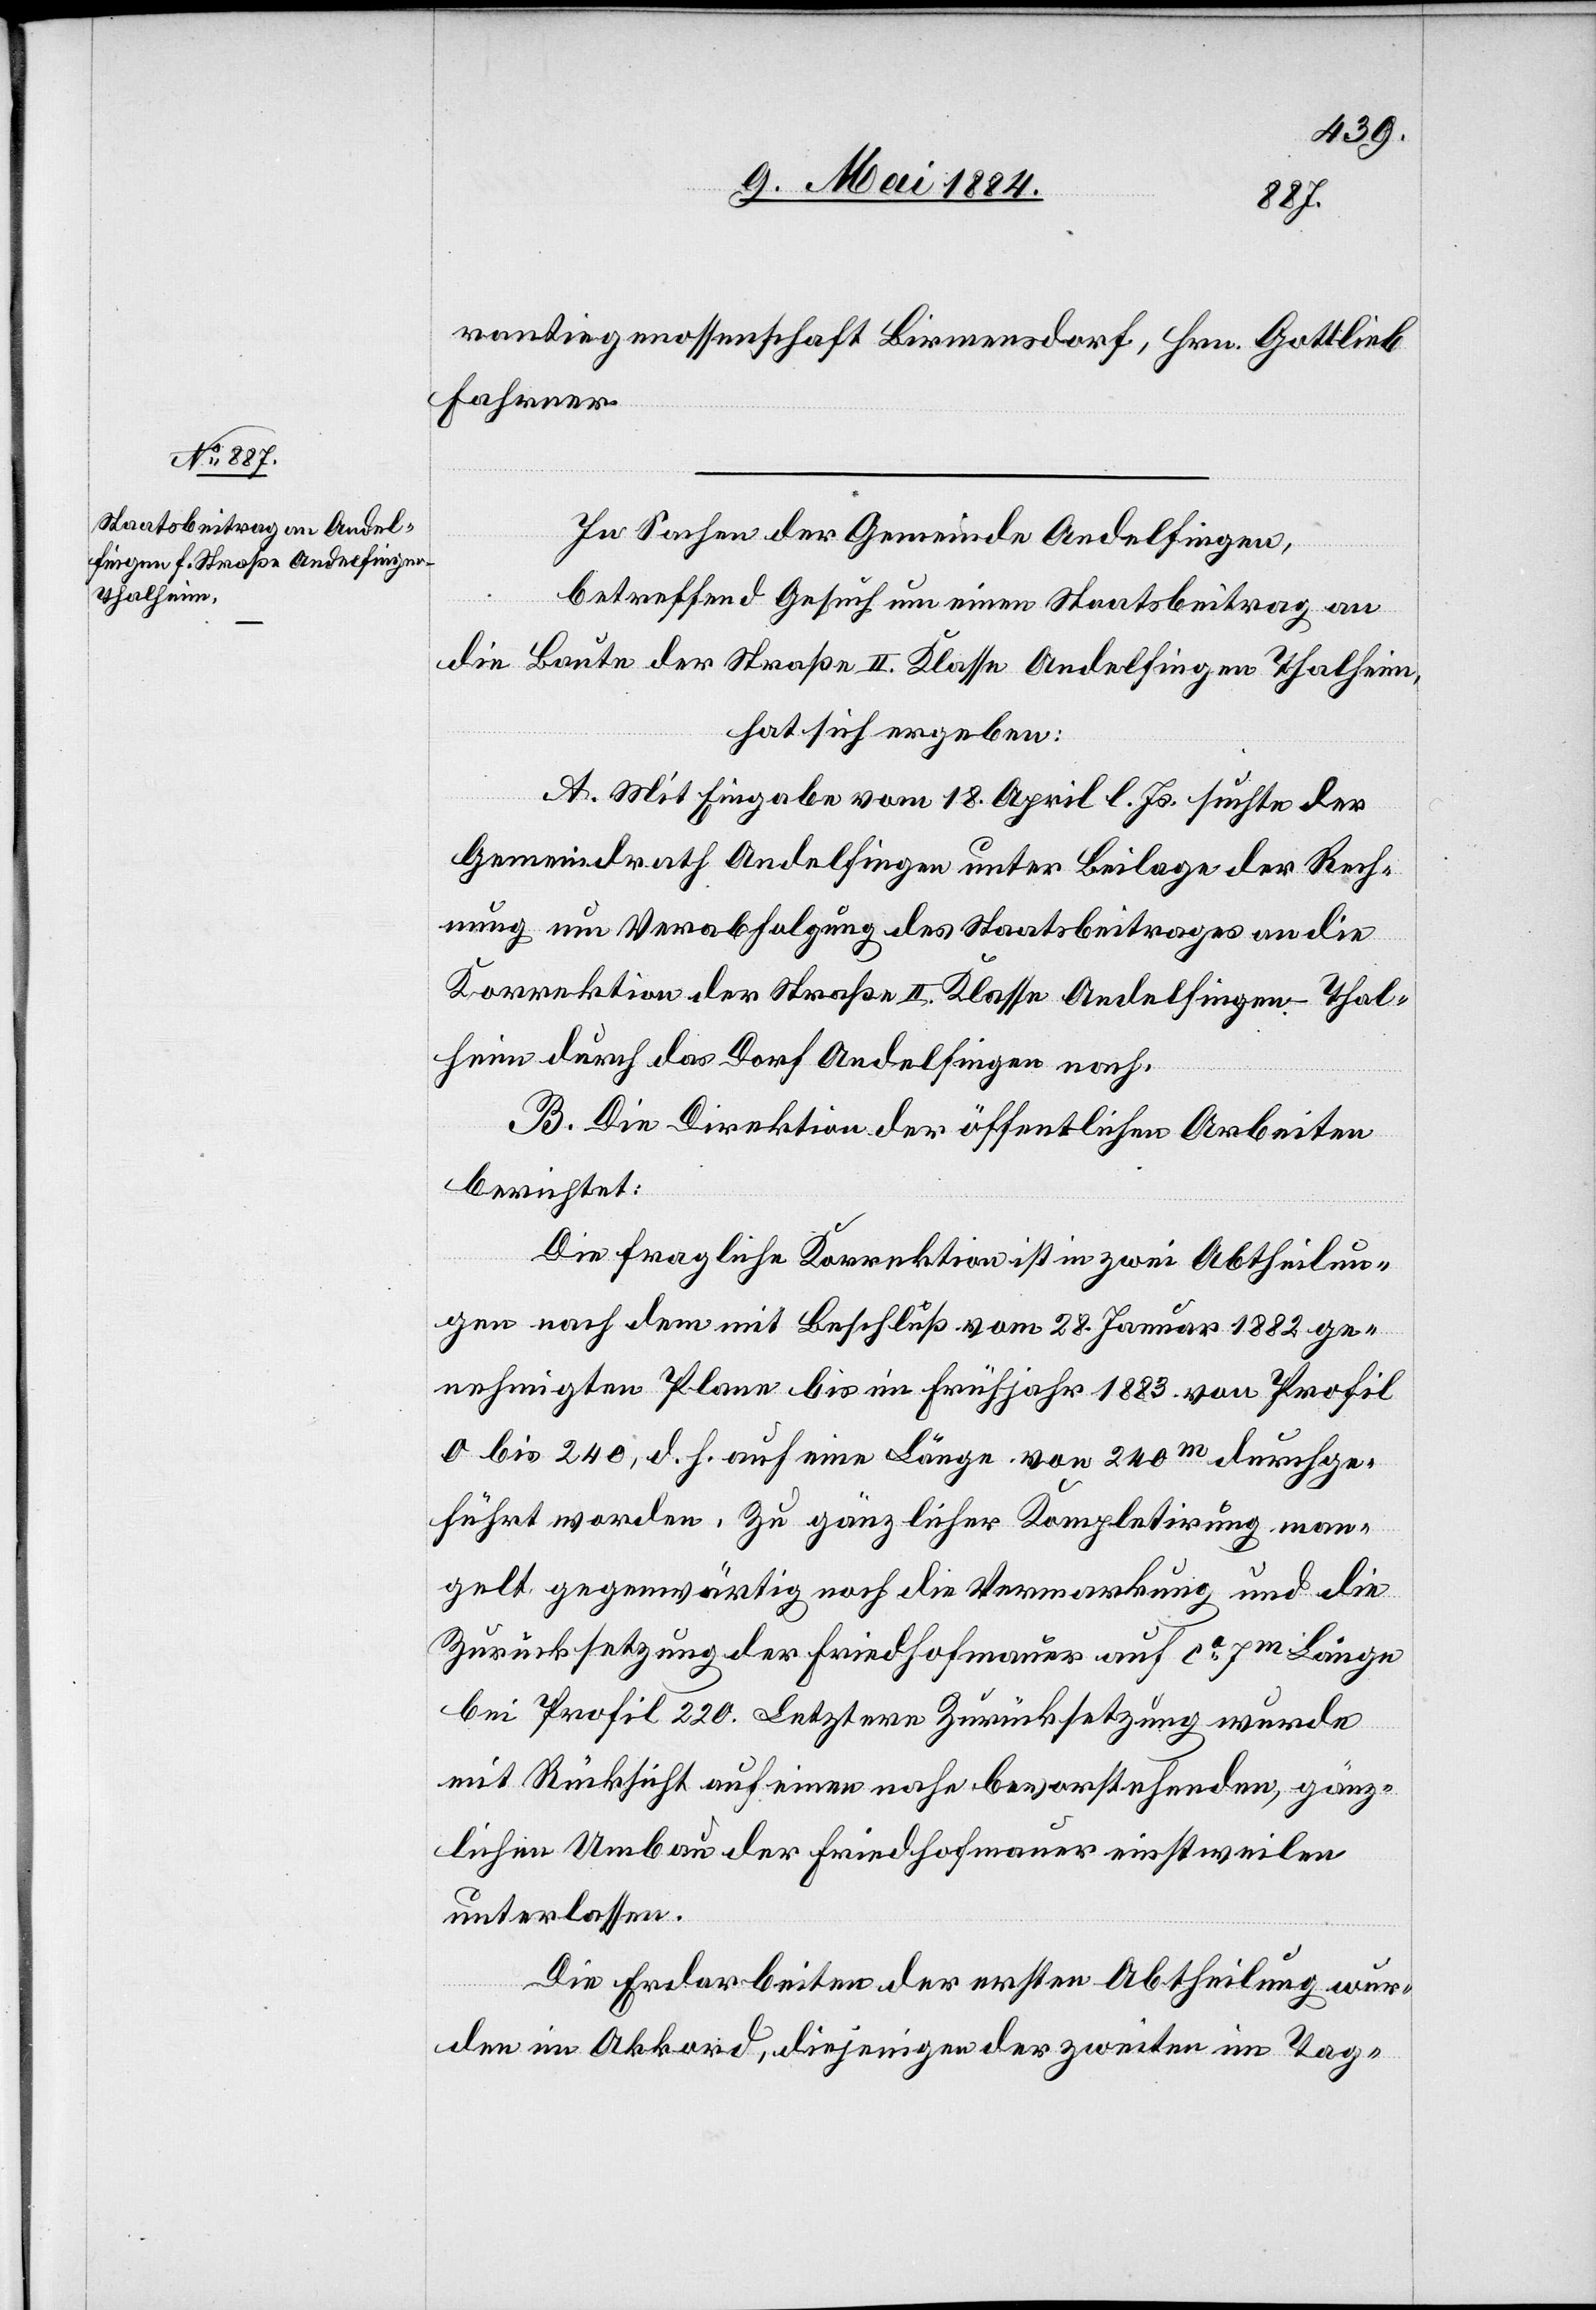
rantiegenossenschaft Birmensdorf, Hrn. Gottlieb
Fahrner.
In Sachen der Gemeinde Andelfingen,
betreffend d. Gesuch um einen Staatsbeitrag an
die Baute der Straße II. Klasse Andelfingen Thalheim,
hat sich ergeben:
A. Mit Eingabe vom 18. April l. Js. suchte der
Gemeindrath Andelfingen unter Beilage der Rech¬
nung um Verabfolgung des Staatsbeitrages an die
Korrektion der Straße II. Klasse Andelfingen–Thal¬
heim durch das Dorf Andelfingen nach.
B. Die Direktion der öffentlichen Arbeiten
berichtet:
Die fragliche Korrektion ist in zwei Abtheilun¬
gen nach dem mit Beschluß vom 28. Januar 1882 ge¬
nehmigten Plane bis im Frühjahr 1883 von Profil
0 bis 240, d. h. auf eine Länge von 240m durchge¬
führt worden. Zu gänzlicher Kompletirung man¬
gelt gegenwärtig noch die Vermarkung und die
Zurücksetzung der Friedhofmauer auf ca 7m Länge
bei Profil 220. Letztere Zurücksetzung wurde
mit Rücksicht auf einen nahe bevorstehenden, gänz¬
lichen Umbau der Friedhofmauer einstweilen
unterlassen.
Die Erdarbeiten der ersten Abtheilung wur¬
den im Akkord, diejenigen der zweiten im Tag-